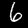
Label: 6